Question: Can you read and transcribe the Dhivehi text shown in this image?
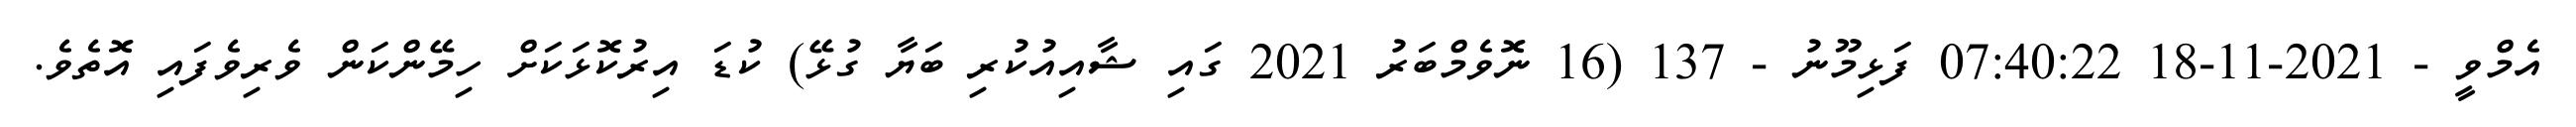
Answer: އެމްވީ - 2021-11-18 07:40:22 ފަޅިމޫނު - 137 (16 ނޮވެމްބަރު 2021 ގައި ޝާއިއުކުރި ބަޔާ ގުޅޭ) ކުޑަ އިރުކޮޅަކަށް ހިމޭންކަން ވެރިވެފައި އޮތެވެ.